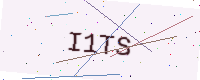
Text: I1TS